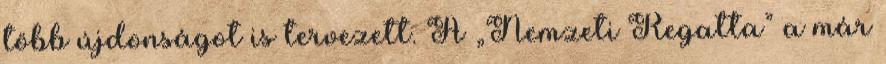
több újdonságot is tervezett. A „Nemzeti Regatta” a már